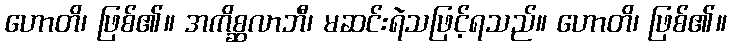
ဟောတိ၊ ဖြစ်၏။ အကိစ္ဆလာဘီ၊ မဆင်းရဲသဖြင့်ရသည်။ ဟောတိ၊ ဖြစ်၏။